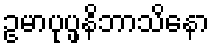
ဥမာပုပ္ဖနိဘာသိနော